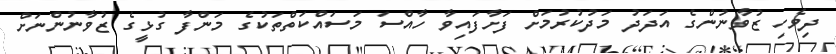
ދިވެހި ޒުވާނުންގެ އަދަދު މަދުކުރުމަށް ފަށާފައިވާ ހާއްސަ މަސައްކަތްތަކުގެ މަންފާ ގުޅީގެ ޒުވާނުންނަށް